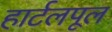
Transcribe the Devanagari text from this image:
हार्टलपूल